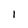
Character: l